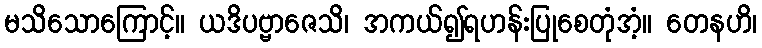
မသိသောကြောင့်။ ယဒိပဗ္ဗာဇေသိ၊ အကယ်၍ရဟန်းပြုစေတုံအံ့။ တေနဟိ၊